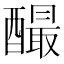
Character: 𨣅